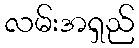
လမ်းအရှည်